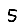
Digit: 5